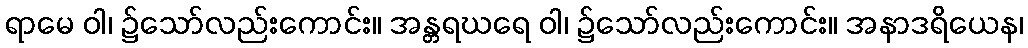
ရာမေ ဝါ၊ ၌သော်လည်းကောင်း။ အန္တရဃရေ ဝါ၊ ၌သော်လည်းကောင်း။ အနာဒရိယေန၊